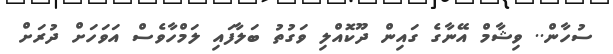
ސުހާން.. ވިޝާމް އޭނާގެ ގައިން ދޫކޮއްލި ވަގުތު ބަލާފައި ލަމްހާވެސް އަވަހަށް ދުރަށް